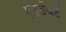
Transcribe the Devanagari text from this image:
एनडेंजर्ट